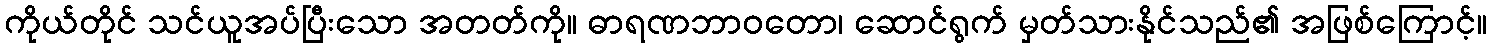
ကိုယ်တိုင် သင်ယူအပ်ပြီးသော အတတ်ကို။ ဓာရဏဘာဝတော၊ ဆောင်ရွက် မှတ်သားနိုင်သည်၏ အဖြစ်ကြောင့်။